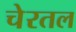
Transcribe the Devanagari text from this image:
चेरतल